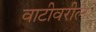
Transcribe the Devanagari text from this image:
वाटीवरील